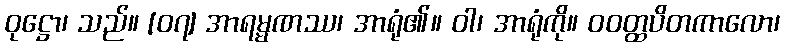
ဝုဋ္ဌော၊ သည်။ [၀၇] အာရမ္မဏဿ၊ အာရုံ၏။ ဝါ၊ အာရုံကို။ ဝဝတ္ထပိတကာလော၊